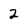
Character: 2